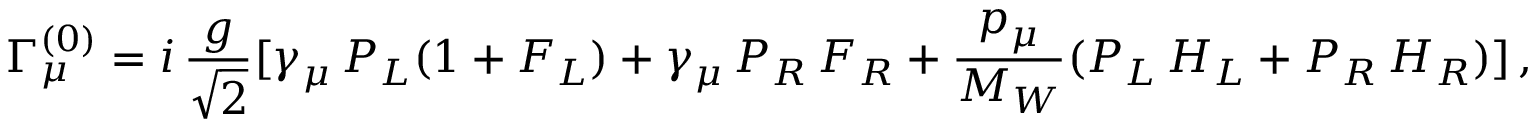
\Gamma _ { \mu } ^ { ( 0 ) } = i \, { \frac { g } { \sqrt { 2 } } } [ \gamma _ { \mu } \, P _ { L } ( 1 + F _ { L } ) + \gamma _ { \mu } \, P _ { R } \, F _ { R } + { \frac { p _ { \mu } } { M _ { W } } } ( P _ { L } \, H _ { L } + P _ { R } \, H _ { R } ) ] \, ,